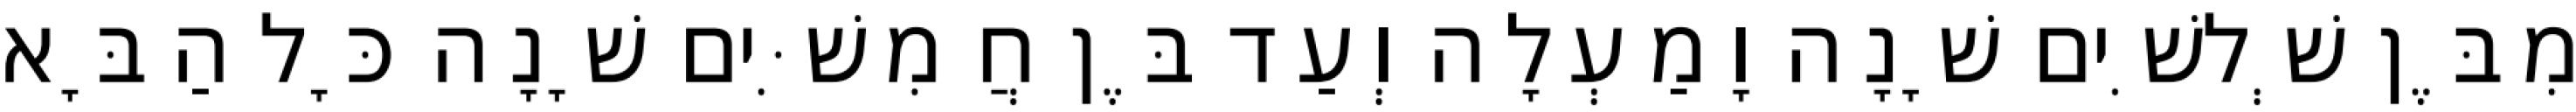
מִבֶּן שְׁלשִׁים שָׁנָה וָמַעְלָה וְעַד בֶּן חֲמִשִּׁים שָׁנָה כָּל הַבָּא